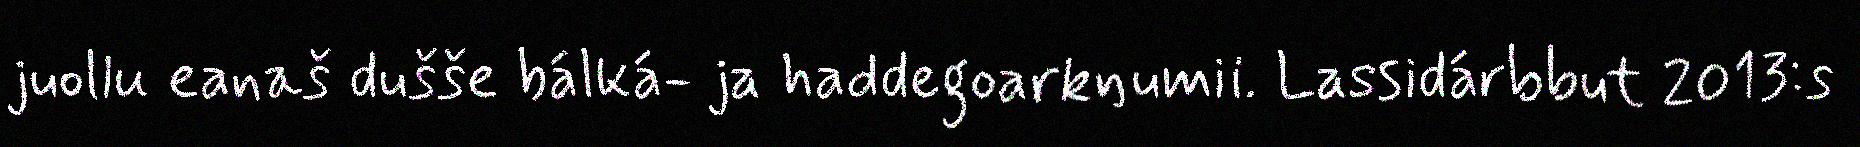
juollu eanaš dušše bálká- ja haddegoarkŋumii. Lassidárbbut 2013:s